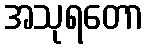
အသုရတော